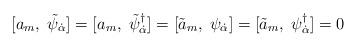
LaTeX: \begin{align*}[a_{m},\;\tilde{\psi}_{\dot \alpha}] = [a_{m},\;\tilde{\psi}^{\dagger}_{\dot \alpha}] = [\tilde{a}_{m},\;\psi_{\dot \alpha}] = [\tilde{a}_{m},\;\psi^{\dagger}_{\dot \alpha}] = 0\end{align*}